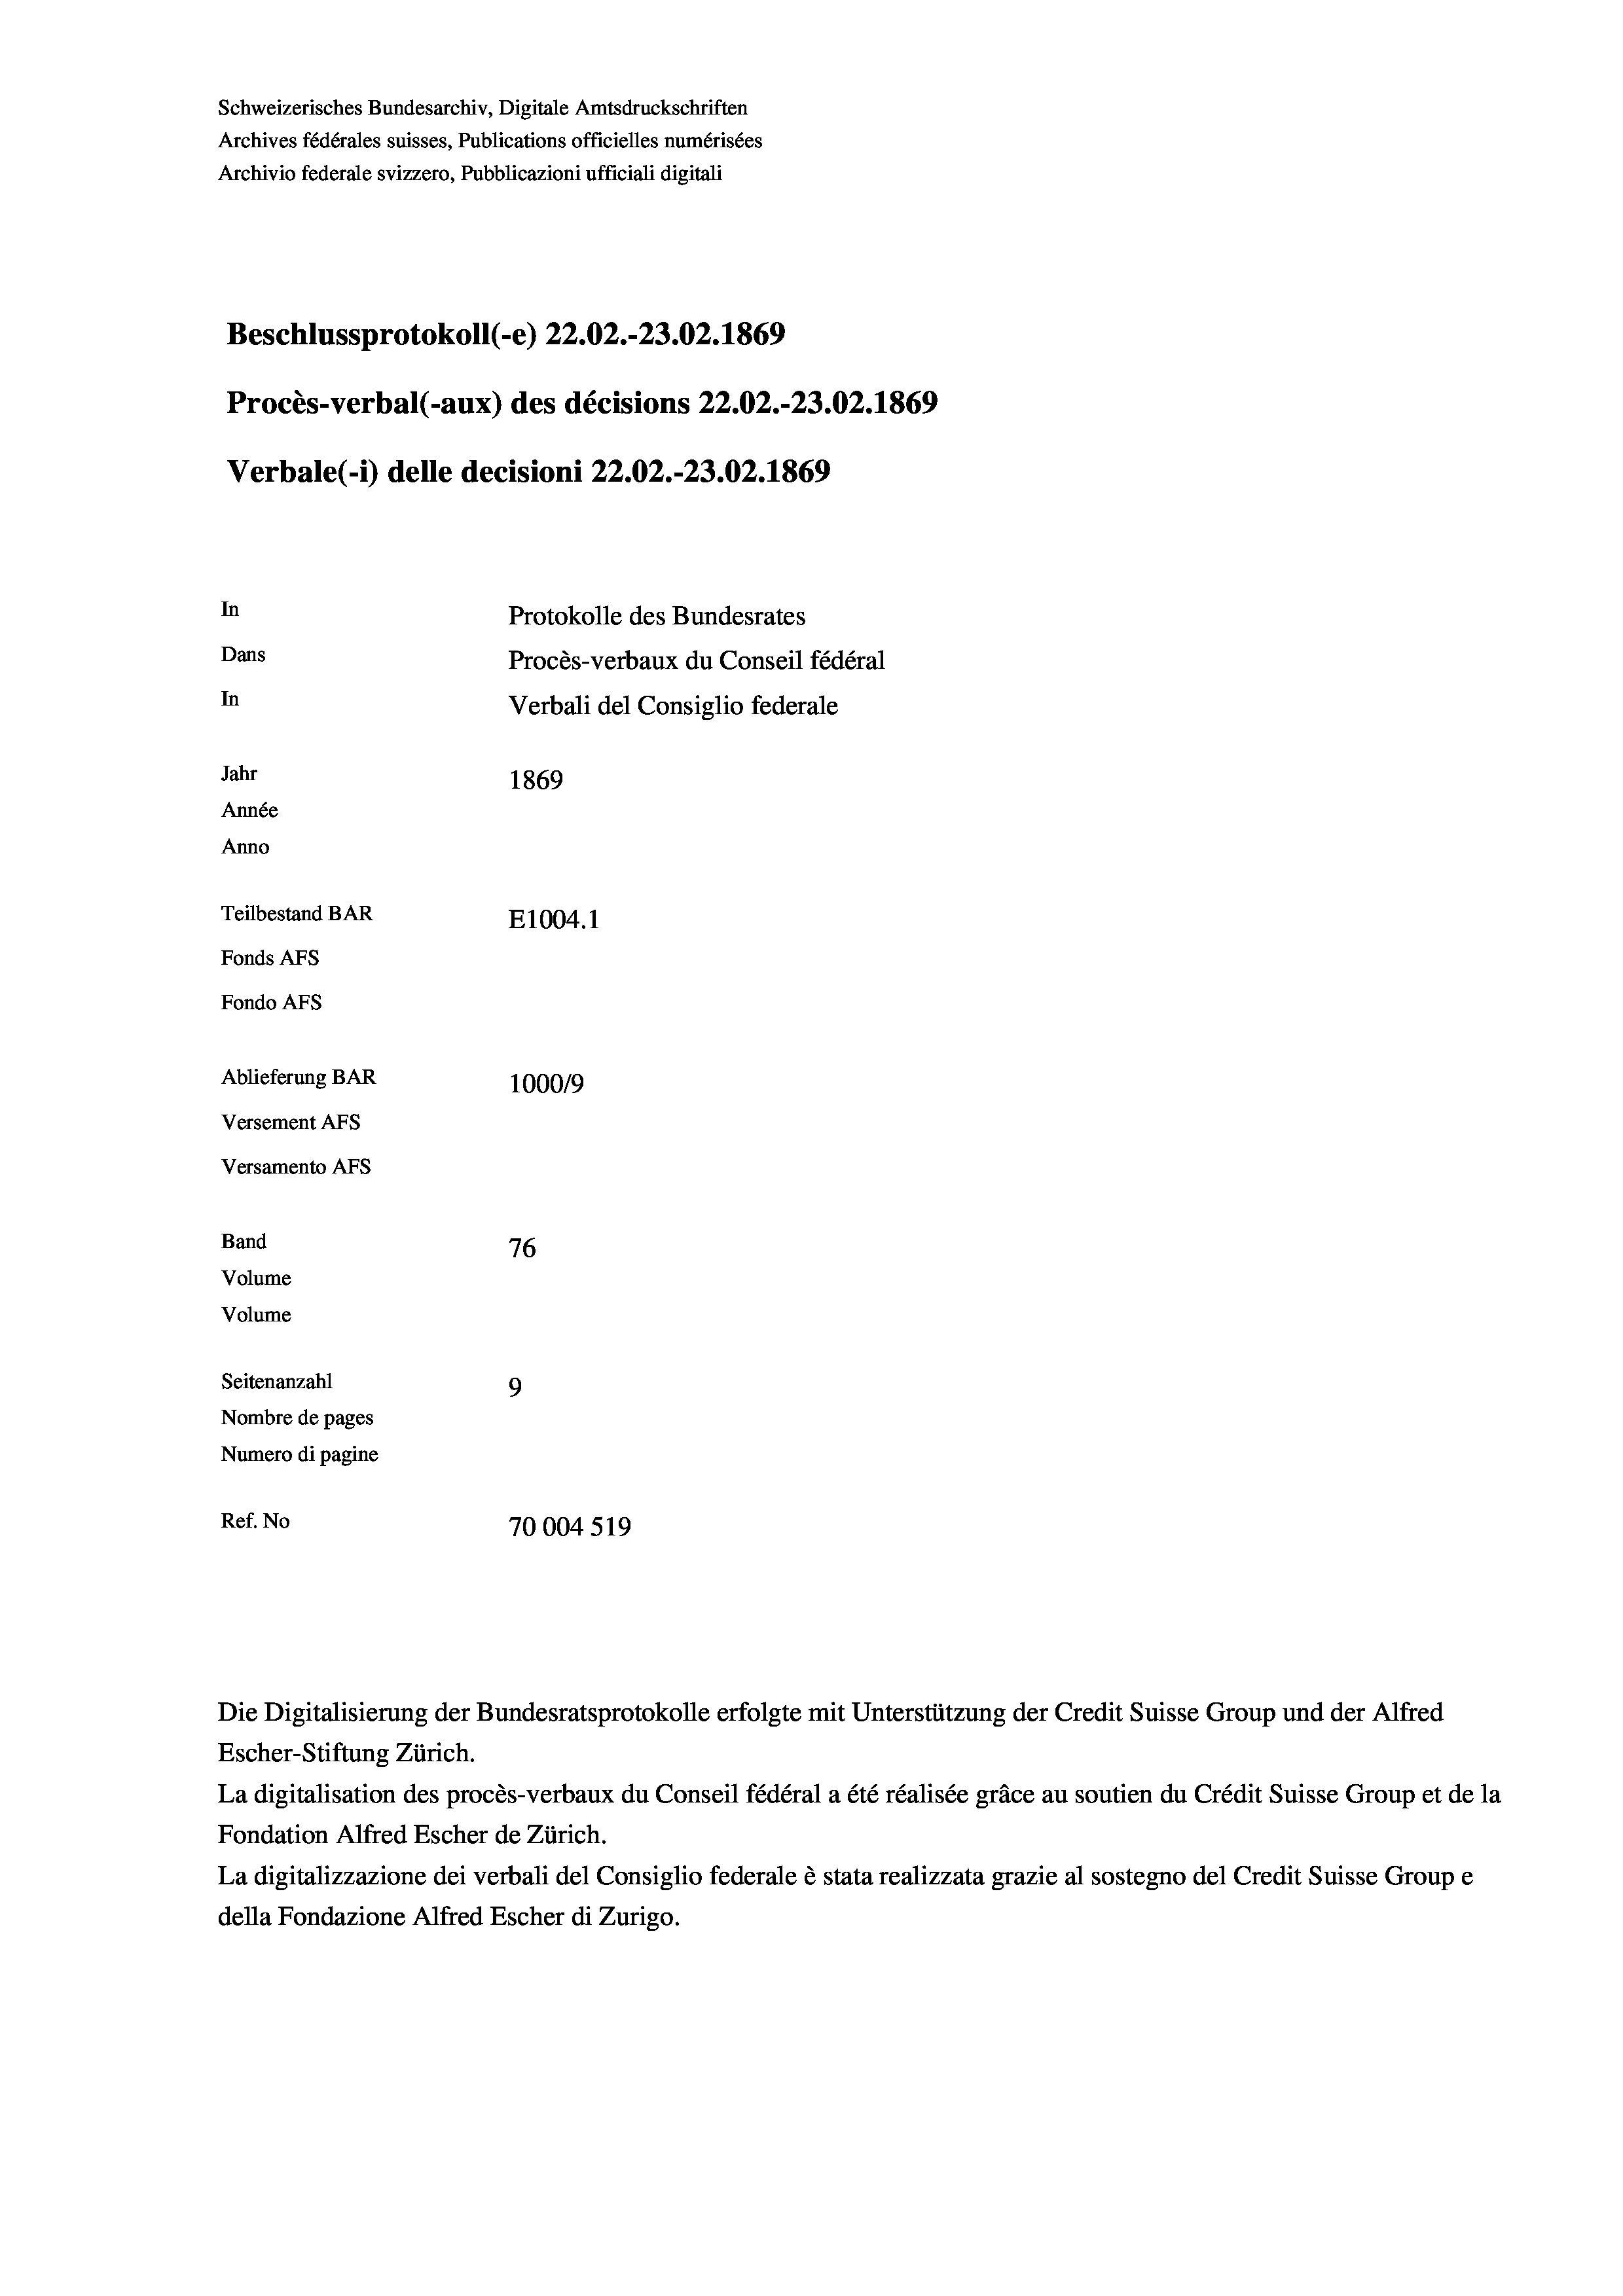
Schweizerisches Bundesarchiv, Digitale Amtsdruckschriften
Archives fédérales suisses, Publications officielles numérisées
Archivio federale svizzero, Pubblicazioni ufficiali digitali

Versamento AFs

In
In

Band
Volume
Volume

Beschlussprotokoll (-e) 22.02.-23.02. 1869
Procès-verbal (-aux) des décisions 22.02.-23.02. 1869
Protokolle des Bundesrates
Dans
Procès-verbaux du Conseil fédéral
Verbali del Consiglio federale
Jahr
1869
Année
Anno
Teilbestand BAR
E1004.1
Fonds AFs
Fondo AFs
Ablieferung BAR
100019
Versement As

Verbale(*) delle decisioni 22.02.-23.02. 1869

76
9
Seitenanzahl
Nombre de pages
Numero di pagine
Ref. No
70004 519

Die Digitalisierung der Bundesratsprotokolle erfolgte mit Unterstützung der Credit Suisse Group und der Alfred
Escher-Stiftung Zürich.
La digitalisation des procès-verbaux du Conseil fédéral a été réalisée gräce au soutien du Crédit Suisse Group et de la
Fondation Alfred Escher de Zürich.
La digitalizzazione dei verbali del Consiglio federale è stata realizzata grazie al sostegno del Credit Suisse Groupe
della Fondazione Alfred Escher di Zurigo.